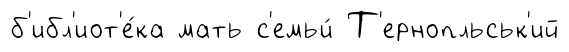
б'ибл'иот'е́ка мать с'емьи́ Т'ернопльськ'ий